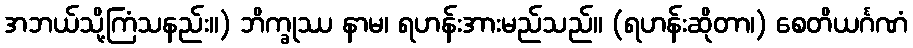
အဘယ်သို့ကြံသနည်း။) ဘိက္ခုဿ နာမ၊ ရဟန်းအားမည်သည်။ (ရဟန်းဆိုတာ၊) စေတိယင်္ဂဏံ